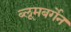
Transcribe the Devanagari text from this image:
ब्लूमबर्गेन